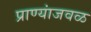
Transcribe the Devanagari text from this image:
प्राण्यांजवळ